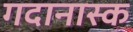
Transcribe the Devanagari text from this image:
गदानास्क